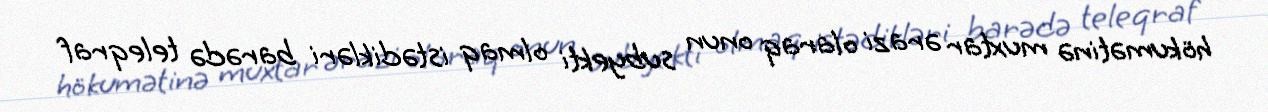
hökumətinə muxtar ərazi olaraq onun subyekti olmaq istədikləri barədə teleqraf